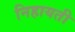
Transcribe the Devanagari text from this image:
निहायती